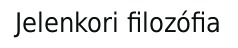
Jelenkori filozófia